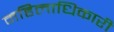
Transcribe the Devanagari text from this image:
महिलाधिकारी